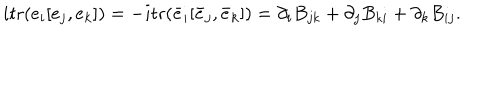
\hspace { 1 5 p t } i \mathrm { t r } ( e _ { i } [ e _ { j } , e _ { k } ] ) = - i \mathrm { t r } ( \bar { e } _ { i } [ \bar { e } _ { j } , \bar { e } _ { k } ] ) = \partial _ { i } B _ { j k } + \partial _ { j } B _ { k i } + \partial _ { k } B _ { i j } .